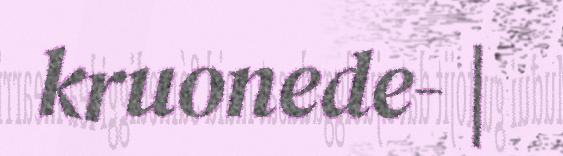
kruonede- |